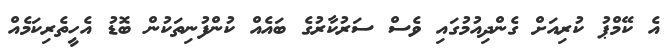
އެ ކޭމްޕު ކުރިއަށް ގެންދިއުމުގައި ވެސް ސަރުކާރުގެ ބައެއް ކުންފުނިތަކުން ބޮޑު އެހީތެރިކަމެއް